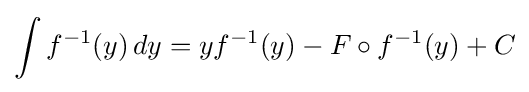
\int f^{-1}(y)\,dy=yf^{-1}(y)-F\circ f^{-1}(y)+C